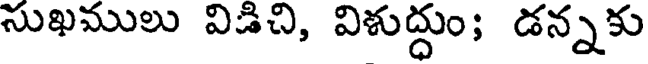
సుఖములు విడిచి, విళుద్దుం; డన్నకు